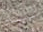
ليم